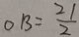
O B = \frac { 2 1 } { 2 }